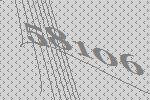
58106